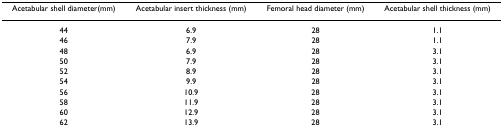
<table><thead><tr><td><b>Acetabular shell diameter(mm)</b></td><td><b>Acetabular insert thickness (mm)</b></td><td><b>Femoral head diameter (mm)</b></td><td><b>Acetabular shell thickness (mm)</b></td></tr></thead><tbody><tr><td>44</td><td>6.9</td><td>28</td><td>1.1</td></tr><tr><td>46</td><td>7.9</td><td>28</td><td>1.1</td></tr><tr><td>48</td><td>6.9</td><td>28</td><td>3.1</td></tr><tr><td>50</td><td>7.9</td><td>28</td><td>3.1</td></tr><tr><td>52</td><td>8.9</td><td>28</td><td>3.1</td></tr><tr><td>54</td><td>9.9</td><td>28</td><td>3.1</td></tr><tr><td>56</td><td>10.9</td><td>28</td><td>3.1</td></tr><tr><td>58</td><td>11.9</td><td>28</td><td>3.1</td></tr><tr><td>60</td><td>12.9</td><td>28</td><td>3.1</td></tr><tr><td>62</td><td>13.9</td><td>28</td><td>3.1</td></tr></tbody></table>